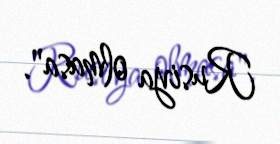
Rusiya olmasa".